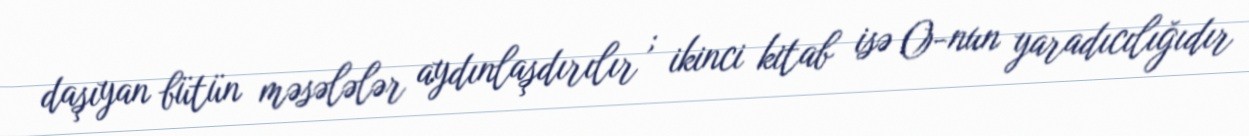
daşıyan bütün məsələlər aydınlaşdırılır ; ikinci kitab isə O-nun yaradıcılığıdır